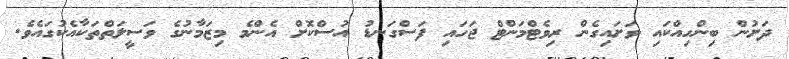
ދަށުން ބިންހިއްކައި ވަށައިގެން ރިވެޓްމަންޓް ޖަހައި ފަސްގަނޑު އުސްކޮށް އެންމެ މިޒަމާނުގެ ވަސީލަތްތަކާއެކުގައެވެ.